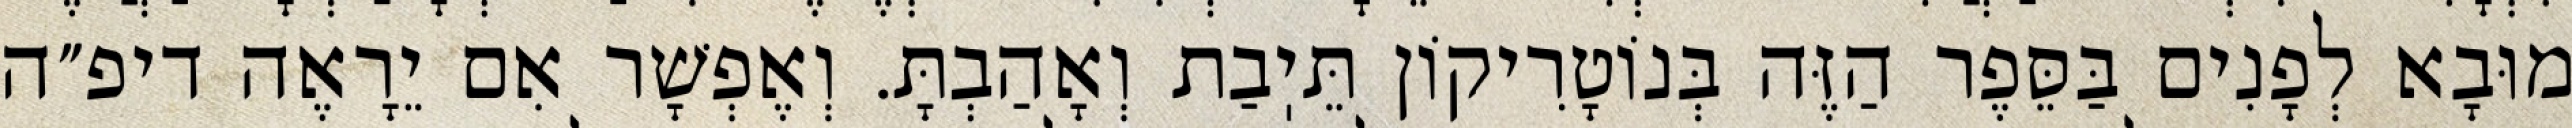
מוּבָא לְפָנִים בַּסֵּפֶר הַזֶּה בְּנוֹטָרִיקוֹן תֵּיֽבַת וְאָהַבְתָּ. וְאֶפְשָׁר אִם יֵרָאֶה דיפ״ה